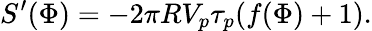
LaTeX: S^{\prime}(\Phi)=-2\pi RV_{p}\tau_{p}(f(\Phi)+1).